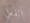
الفعلي